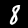
Label: 8